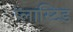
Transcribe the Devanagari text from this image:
प्लास्टिड